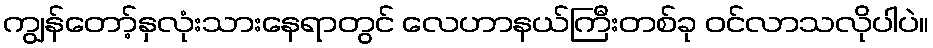
ကျွန်တော့်နှလုံးသားနေရာတွင် လေဟာနယ်ကြီးတစ်ခု ဝင်လာသလိုပါပဲ။